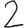
Digit: 2